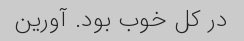
در کل خوب بود. آورین